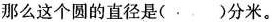
那么这个圆的直径是( )分米。